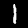
Label: 1